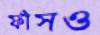
ফাঁসও